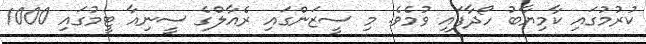
ކުރުމުގައި ކާމިޔާބު ހޯދާފައި ވުމެވެ. މި ސީޒަންގައި ރެއާލްގެ ސީނިއާ ޓީމުގައި 1000